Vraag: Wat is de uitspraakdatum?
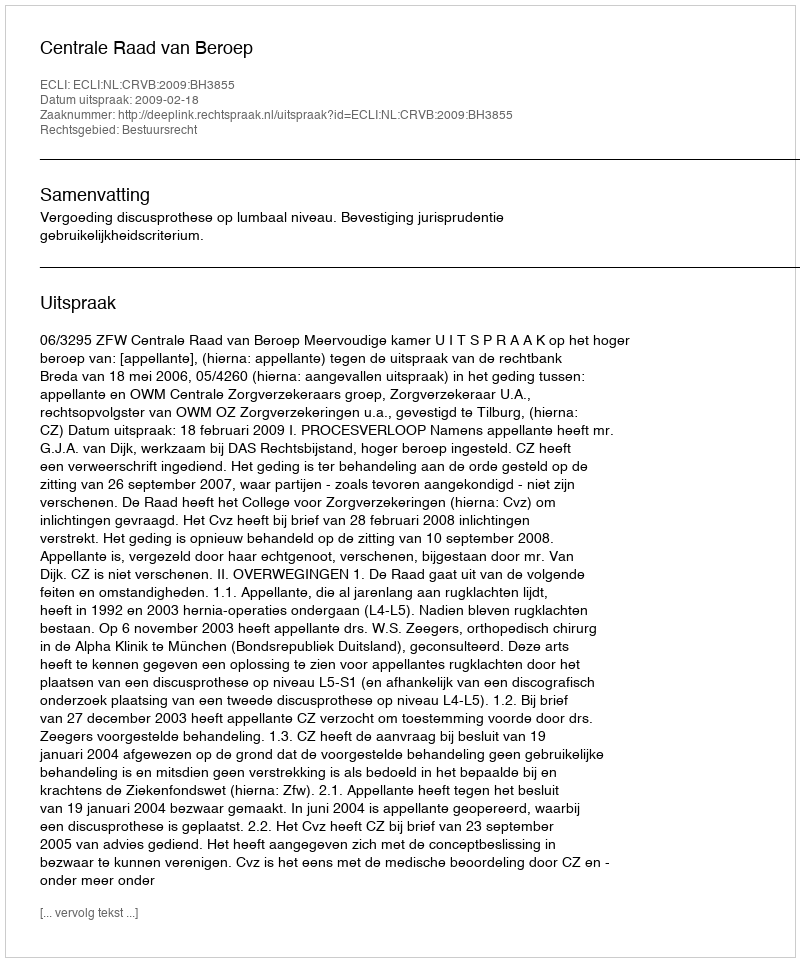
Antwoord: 2009-02-18